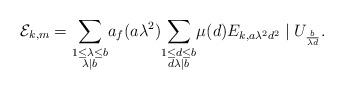
LaTeX: \begin{align*} \mathcal{E}_{k,m} = \underset{ \substack{ 1 \leq \lambda \leq b \\ \lambda \mid b } }\sum a_f( a \lambda^2 ) \underset{ \substack{1 \leq d \leq b \\ d \lambda \mid b } }\sum \mu(d) E_{k, a\lambda^2 d^2} \mid U_{\frac{b}{\lambda d}}.\end{align*}